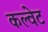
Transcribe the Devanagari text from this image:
कल्वेट